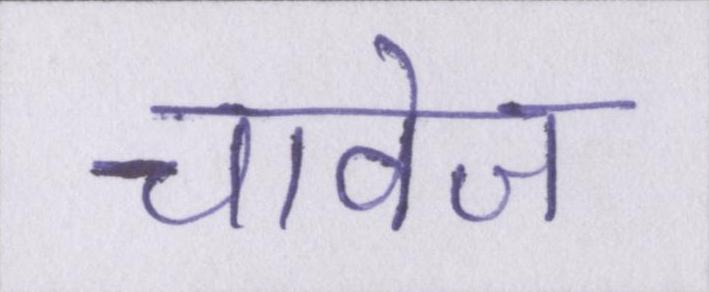
चावेज